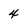
Character: 4